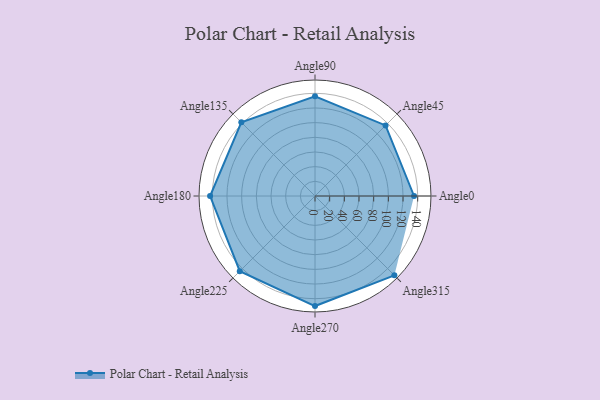
{"axis": {"x": "Angle", "y": "Radius"}, "legend": [""], "data": [{"x": "Angle0", "y": 135.0, "type": ""}, {"x": "Angle45", "y": 136.0, "type": ""}, {"x": "Angle90", "y": 136.0, "type": ""}, {"x": "Angle135", "y": 142.0, "type": ""}, {"x": "Angle180", "y": 143.0, "type": ""}, {"x": "Angle225", "y": 145.0, "type": ""}, {"x": "Angle270", "y": 150.0, "type": ""}, {"x": "Angle315", "y": 153.0, "type": ""}]}